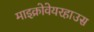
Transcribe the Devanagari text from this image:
माइक्रोवेयरहाउस